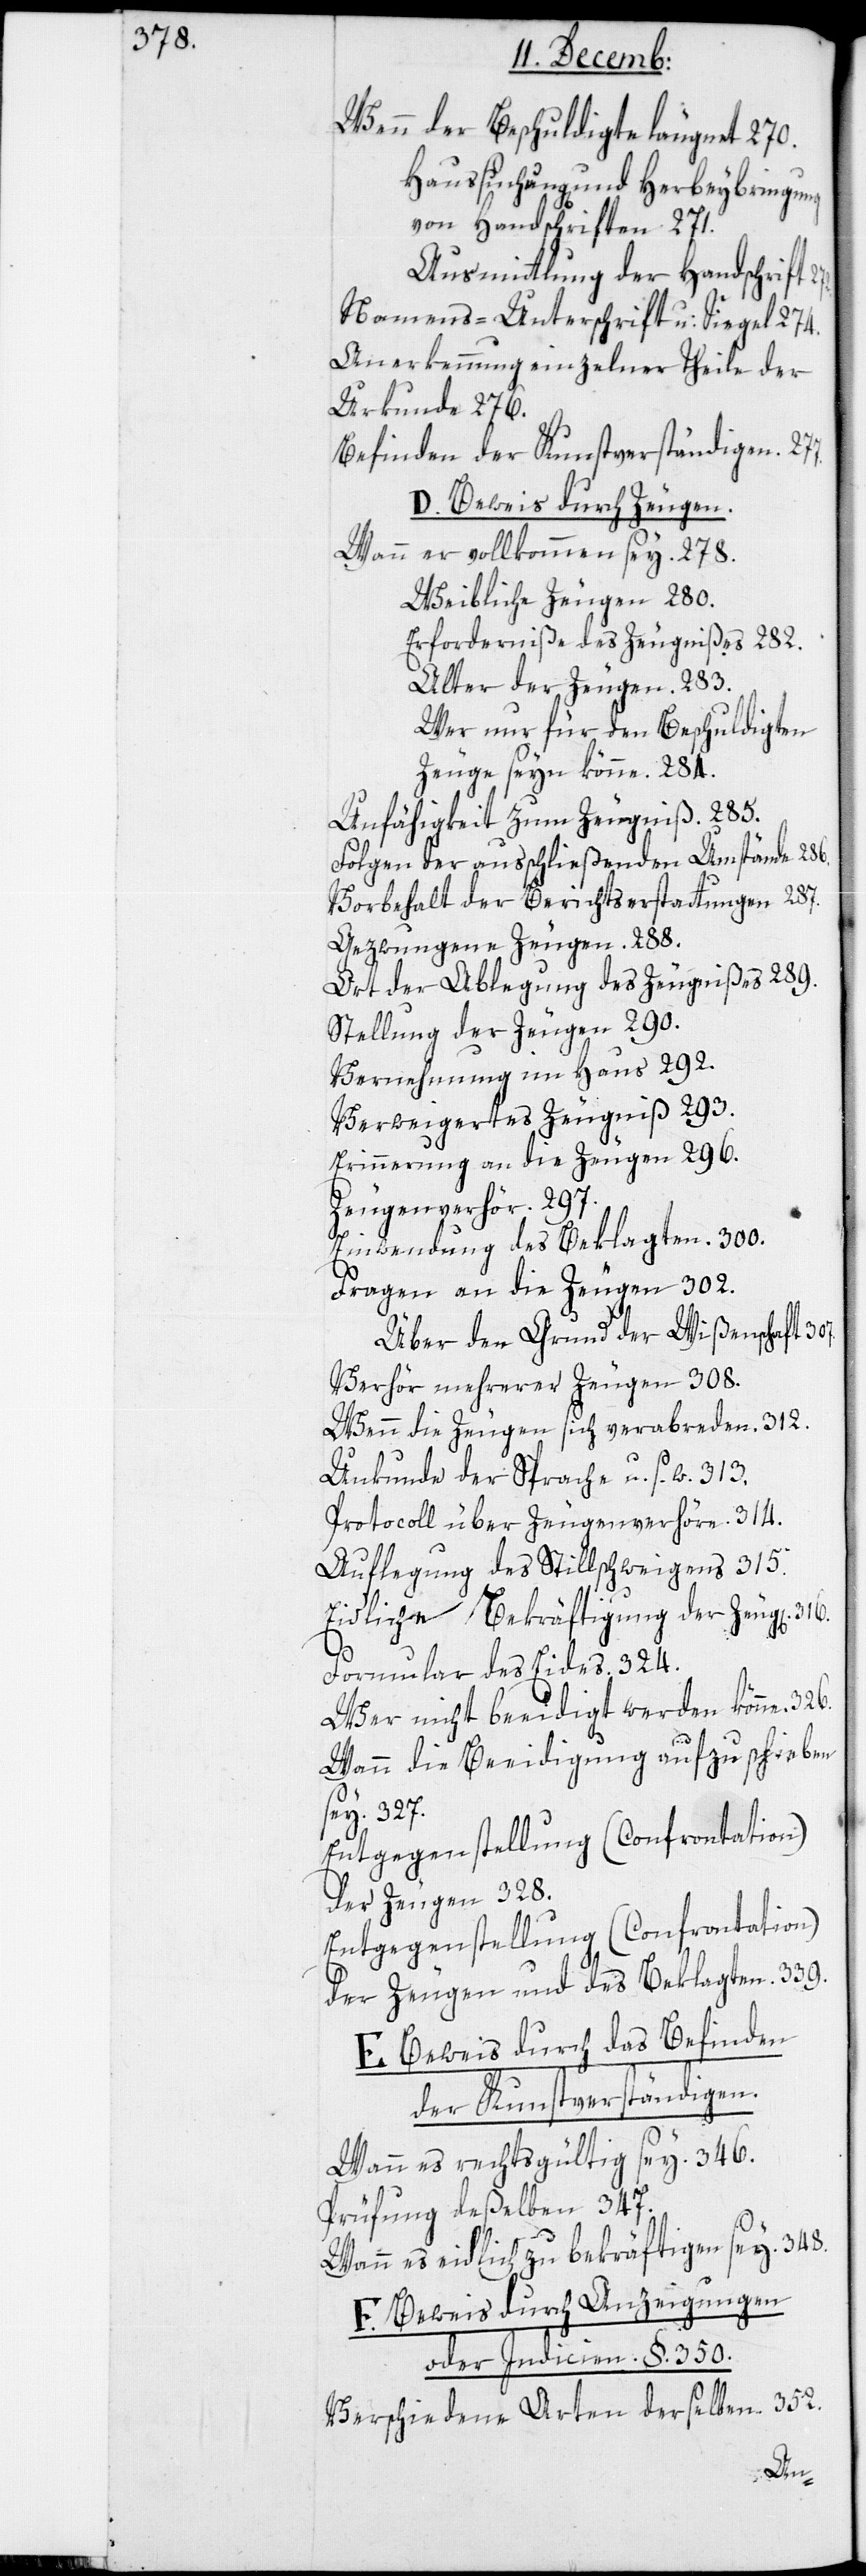
272.

Wenn der Beschuldigte läugnet 270.
Haussuchung und Herbeybringung
von Handschriften 271.
Ausmittlung der Handschrift.
Namens-Unterschrift u. Siegel 274.
Anerkennung einzelner Theile der
Urkunde 276.
Befinden der Kunstverständigen. 277.
D. Beweis durch Zeugen.
Wann er vollkommen sey. 278.
Weibliche Zeugen 280.
Erforderniße des Zeugnißes 282.
Alter der Zeugen. 283.
Wer nur für den Beschuldigten
Zeuge seyn könne. 284.
Unfähigkeit zum Zeugniß. 285.
Folgen der ausschließenden Umstände. 286.
Vorbehalt der Brichtserstattungen 287.
Gezwungene Zeugen. 288.
Art der Ablegung des Zeugnißes 289.
Stellung der Zeugen. 290.
Vernehmung im Haus 292.
Verweigertes Zeugniß 293.
Erinnerung an die Zeugen 296.
Zeugenverhör. 297.
Einwendung des Beklagten. 300.
Fragen an die Zeugen 302.
Über den Grund der Wißenschaft
Verhör mehrerer Zeugen 308.
Wenn die Zeugen sich verabreden. 312.
Unkunde der Sprache u. s. w. 313.
Protocoll über Zeugenverhör. 314.
Auflegung des Stillschweigens 315.
Eidliche Bekräftigung der Zeug[en].
Formular des Eides. 324.
Wer nicht beeidigt werden könne.
Wann die Beeidigung aufzuschieben
sey. 327.
Entgegenstellung (Confrontation)
der Zeugen. 328.
Entgegenstellung (Confrontation)
der Zeugen und des Beklagten. 339.
E. Beweis durch das Befinden
der Kunstverständigen.
Wann es rechtsgültig sey. 346.
Prüfung derselben 347.
Wann es eidlich zu bekräftigen sey. 348.
F. Beweis durch Anzeigungen
oder Indicien. §. 350.
Verschiedene Arten derselben. 352.